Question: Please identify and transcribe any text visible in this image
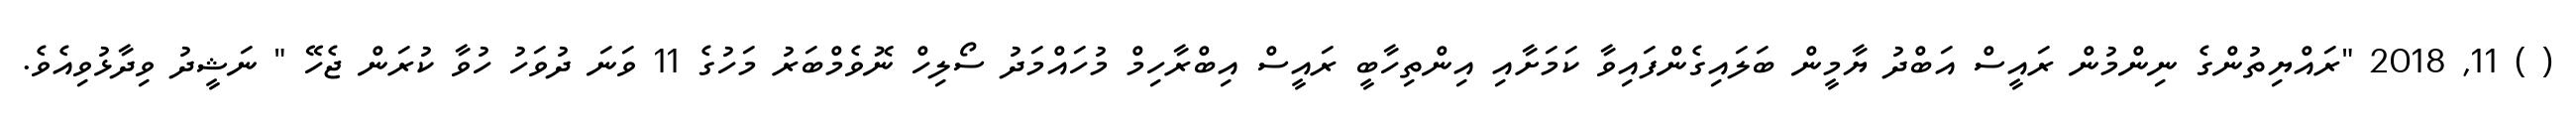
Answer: ( ) 11, 2018 "ރައްޔިތުންގެ ނިންމުން ރައީސް އަބްދު ޔާމީން ބަލައިގެންފައިވާ ކަމަށާއި އިންތިހާބީ ރައީސް އިބްރާހިމް މުހައްމަދު ސޯލިހް ނޮވެމްބަރު މަހުގެ 11 ވަނަ ދުވަހު ހުވާ ކުރަން ޖެހޭ " ނަޝީދު ވިދާޅުވިއެވެ.